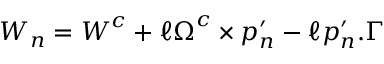
\boldsymbol { W } _ { n } = \boldsymbol { W } ^ { c } + \ell \boldsymbol { \Omega } ^ { c } \times \boldsymbol { p } _ { n } ^ { \prime } - \ell \boldsymbol { p } _ { n } ^ { \prime } . \boldsymbol { \Gamma }